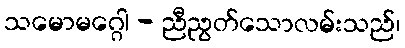
သမောမဂ္ဂေါ - ညီညွတ်သောလမ်းသည်၊